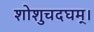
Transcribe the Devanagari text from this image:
शोशुचदघम्।